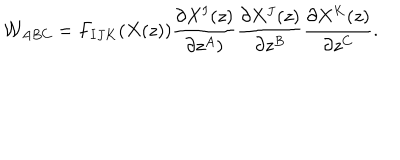
{ \cal W } _ { A B C } = F _ { I J K } ( X ( z ) ) \frac { \partial X ^ { I } ( z ) } { \partial z ^ { A } ) } \frac { \partial X ^ { J } ( z ) } { \partial z ^ { B } } \frac { \partial X ^ { K } ( z ) } { \partial z ^ { C } } .